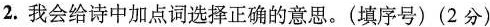
)2.我会给诗中加点词选择正确的意思。(填序号)(2分